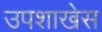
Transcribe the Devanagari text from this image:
उपशाखेस